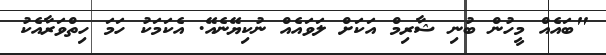
"ބައެއް މީހުން ބުނި ޝާރިމް އަކަށް ލަވައެއް ނުކިޔޭނެއޭ. އެކަމަކު ހަމަ ހިތްވަރާއެކު